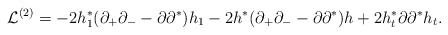
\begin{align*}{\cal L}^{(2)} =- 2 h^*_1 (\partial_+ \partial_- - \partial \partial^* ) h_1 - 2 h^* (\partial_+ \partial_- - \partial \partial^* ) h + 2 h^*_t \partial \partial^* h_t.\end{align*}